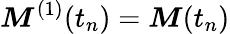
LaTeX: \boldsymbol{M}^{(1)}(t_{n})=\boldsymbol{M}(t_{n})